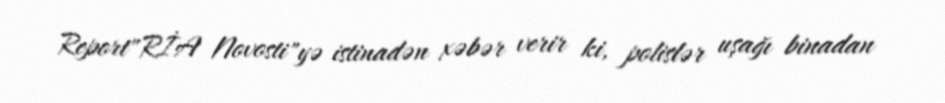
Report"RİA Novosti"yə istinadən xəbər verir ki, polislər uşağı binadan